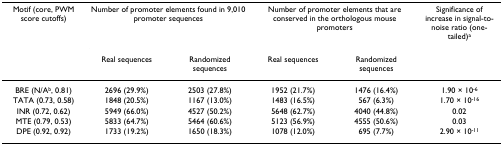
<table><thead><tr><td><b>Motif (core, PWM score cutoffs)</b></td><td colspan="2"><b>Number of promoter elements found in 9,010 promoter sequences</b></td><td colspan="2"><b>Number of promoter elements that are conserved in the orthologous mouse promoters</b></td><td><b>Significance of increase in signal-to-noise ratio (one-tailed)<sup>a</sup></b></td></tr><tr><td></td><td><b>Real sequences</b></td><td><b>Randomized sequences</b></td><td><b>Real sequences</b></td><td><b>Randomized sequences</b></td><td></td></tr></thead><tbody><tr><td>BRE (N/A<sup>b</sup>, 0.81)</td><td>2696 (29.9%)</td><td>2503 (27.8%)</td><td>1952 (21.7%)</td><td>1476 (16.4%)</td><td>1.90 × 10<sup>-6</sup></td></tr><tr><td>TATA (0.73, 0.58)</td><td>1848 (20.5%)</td><td>1167 (13.0%)</td><td>1483 (16.5%)</td><td>567 (6.3%)</td><td>1.70 × 10<sup>-16</sup></td></tr><tr><td>INR (0.72, 0.62)</td><td>5949 (66.0%)</td><td>4527 (50.2%)</td><td>5648 (62.7%)</td><td>4040 (44.8%)</td><td>0.02</td></tr><tr><td>MTE (0.79, 0.53)</td><td>5833 (64.7%)</td><td>5464 (60.6%)</td><td>5123 (56.9%)</td><td>4555 (50.6%)</td><td>0.03</td></tr><tr><td>DPE (0.92, 0.92)</td><td>1733 (19.2%)</td><td>1650 (18.3%)</td><td>1078 (12.0%)</td><td>695 (7.7%)</td><td>2.90 × 10<sup>-11</sup></td></tr></tbody></table>